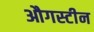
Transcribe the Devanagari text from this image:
औगस्टीन